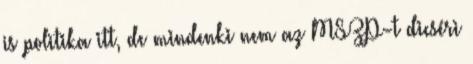
is politika itt, de mindenki nem az MSZP-t dicséri